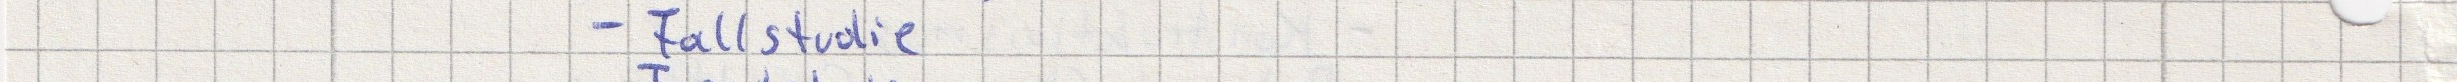
- Fallstudie